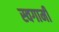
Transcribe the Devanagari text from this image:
स्वगामी